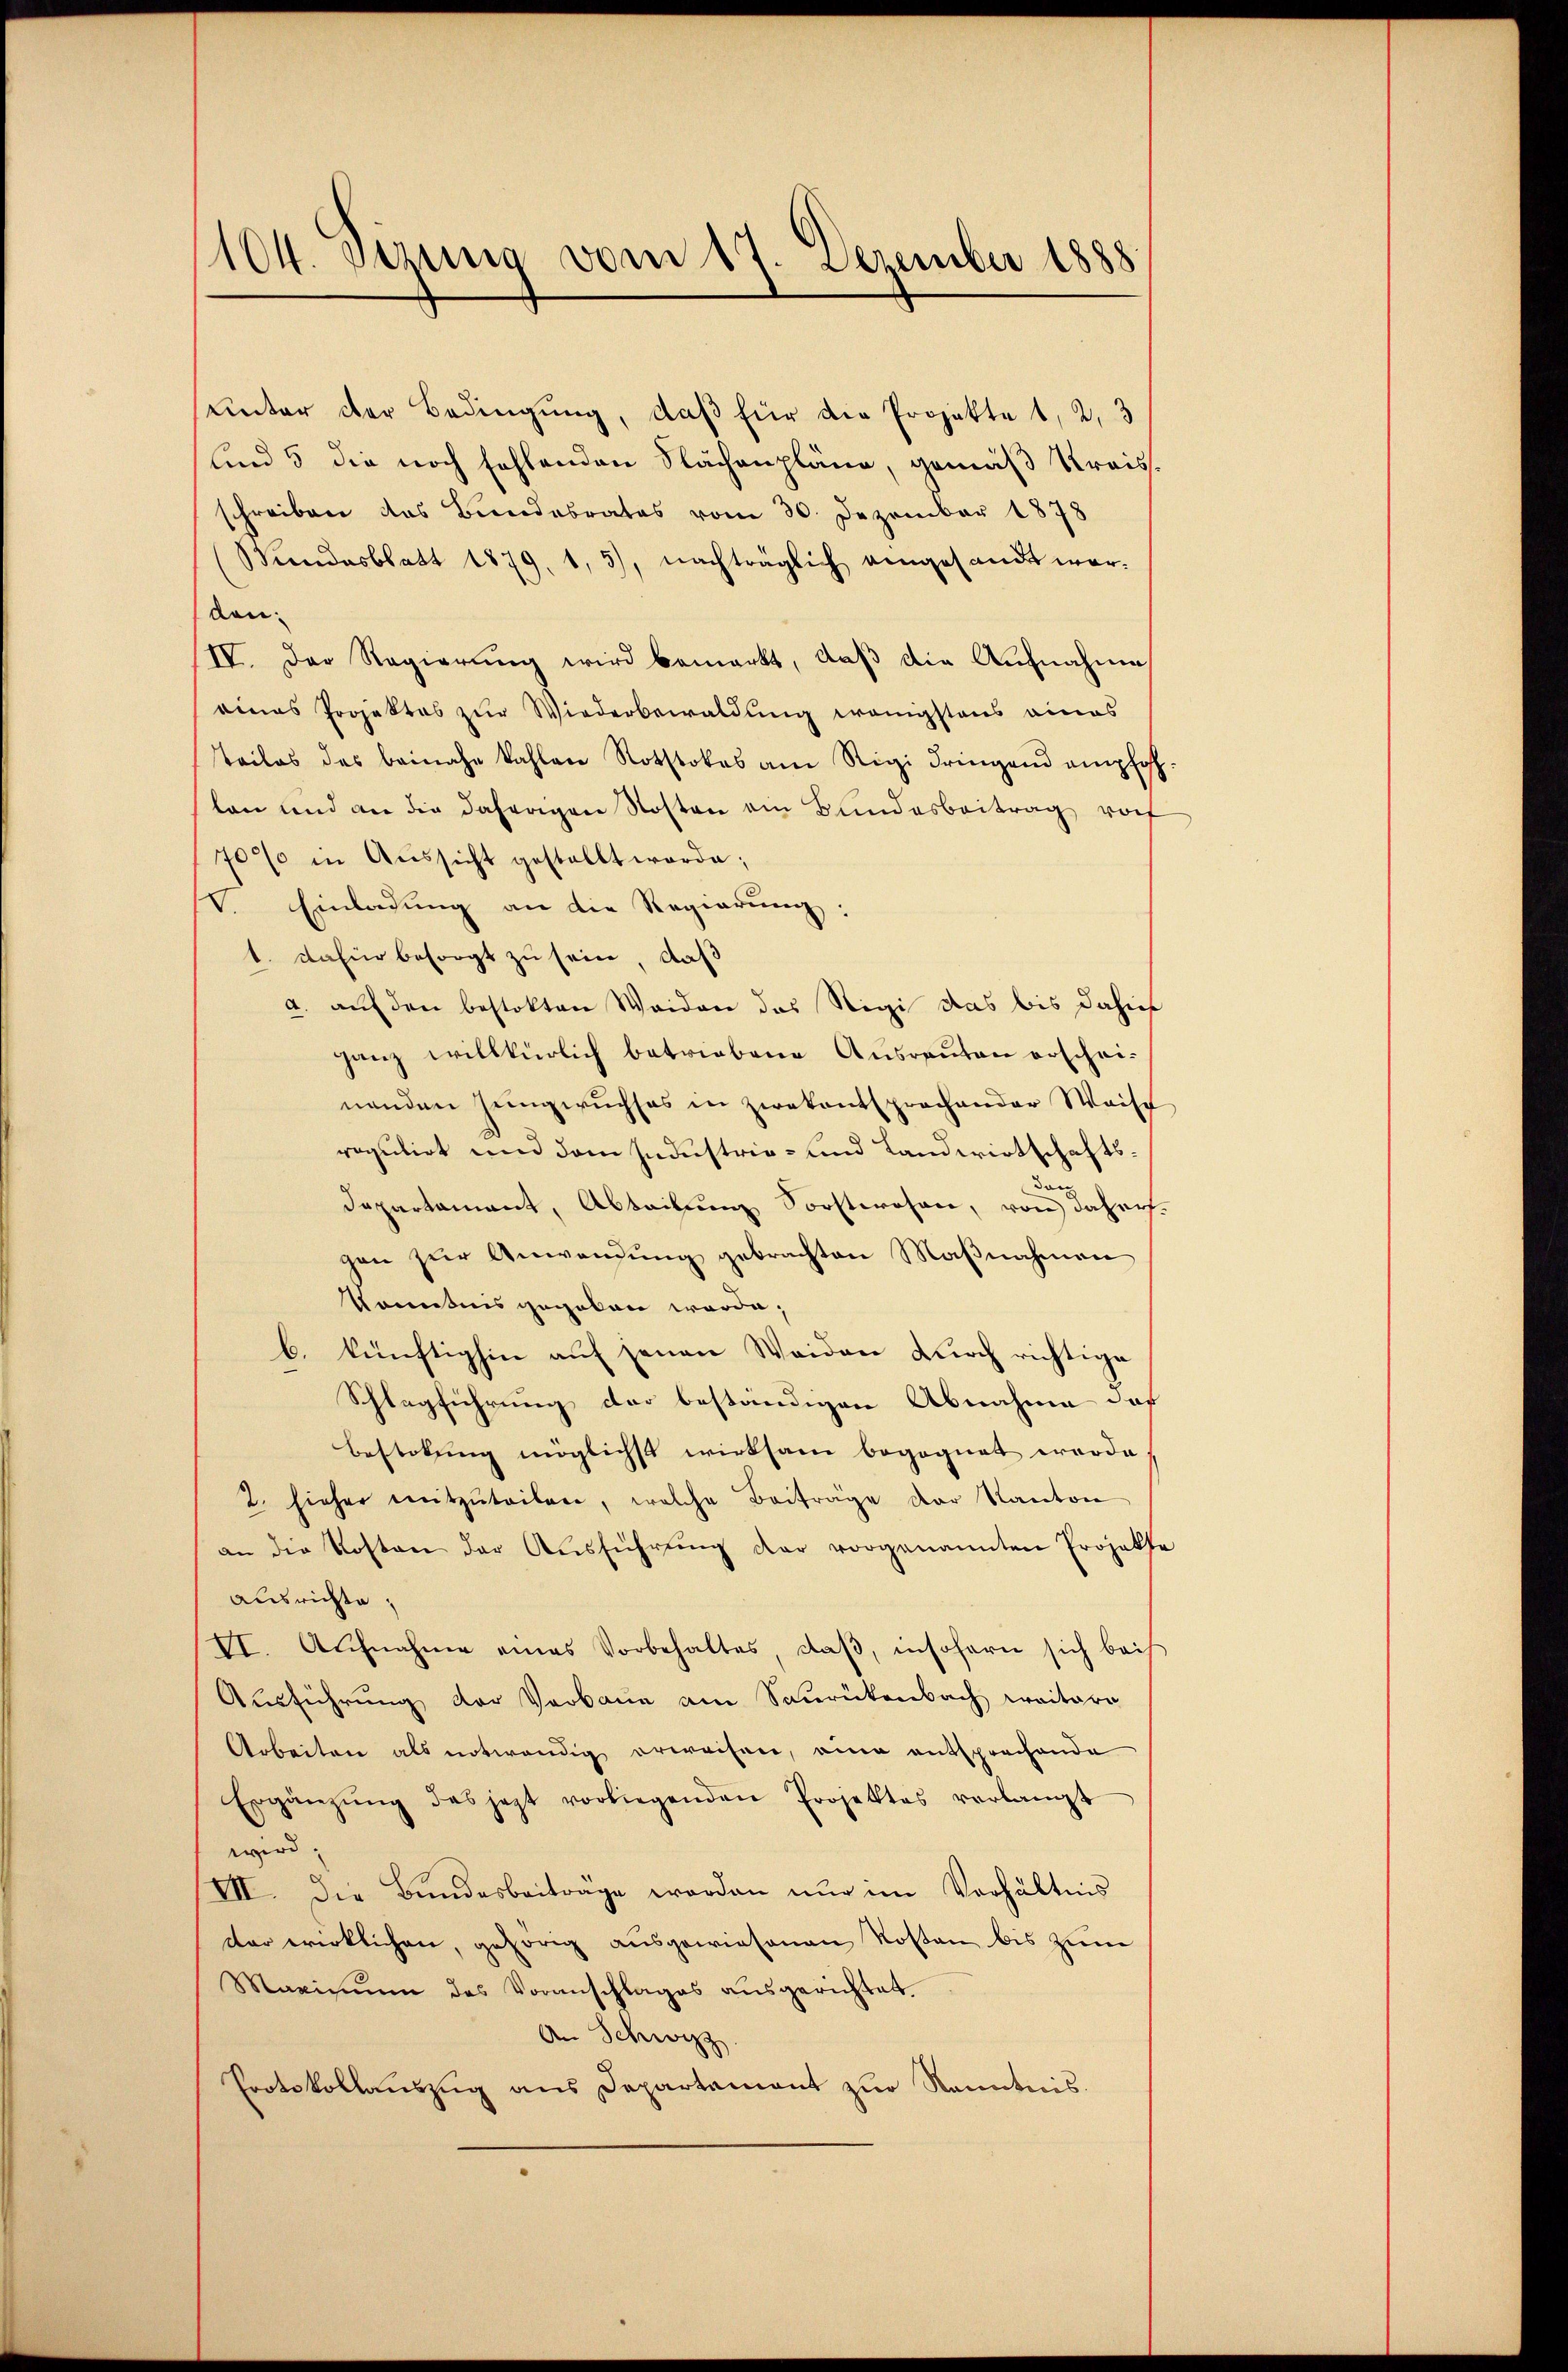
unter der Bedingung, daß für die Projekte 1, 2, 3
und 5 die noch fehlenden Flächenpläne, gemäß Kreisschreiben das Bundesrates vom 30. Dezember 1878
Kindesblatt 1879, 1, 3), nachträglich eingesandt war.
don.
IV. Der Regierŭng wird bemerkt, daβ die Aŭfnahme
eines Projektes zŭr Wiederbewaldung wenigstens eines
Teiles des beinahe kahlen Rothtokas am Rigi dringend empfoh
lan und an die daherigen Kosten ein Bundesbeitrag rof
70% in Aŭssicht gestellt werde;
V. Einladung an die Regierung:
1. dahin besorgt zu sein, daß
a. auf den bestokten Weiden das Rigi das bis dahier
ganz willkürlich betriebene Ausreuten erschei-
nenden Jŭngwuchses in zwekentsprochender Waise
regulirt und dem Industrie- und Landwirtschaftsdepartament, Abteilŭng Sorstwesen, von dahers.
gen zŭr Anwendung gebrachten Maβnahmen
Kenntnis gegeben werde.
b. künftighin auf jenen Weiden durch richtige
Schlagführung der beständigen Abnahme daß
Bestitung möglichst wirksam begegnet werde.
2. hieher mitzŭteilen, welche Beiträge der Kanton
an die Kosten der Aŭsführŭng der vorgenannten Projekte
ausrichte,
VI. Aŭfnahme eines Vorbehaltes, daβ, insofern sich beis
Ausführung der Verbaue am Saurükenbach weitere
Arbeiten als notwendig erweisen, eine entsprechende
Ergänzŭng des jezt vorliegenden Projektes verlangt
wird,
VII. Die Bundesbeiträge worden nur im Verhältnis
der wirklichen, gehörig ausgewiesenen Kosten bis zum
Maximŭm des Voranschlages aŭsgerichtet
An Schwyzz
Protokollaŭszŭg ans Departement zur Kenntnis.

104. Jena vom 17. Dezember 1888